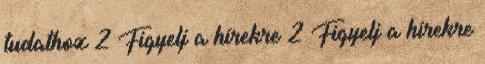
tudathoz 2 Figyelj a hírekre 2 Figyelj a hírekre